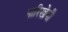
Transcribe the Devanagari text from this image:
पारिखेयी